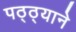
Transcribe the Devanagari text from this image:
पठ्ठ्याने